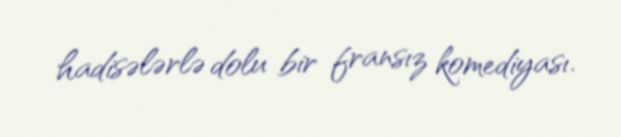
hadisələrlə dolu bir fransız komediyası.